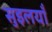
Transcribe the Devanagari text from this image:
सुइलयाँ